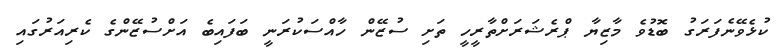
ކުޅެވޭނެފަރަގު ބޮޑުވެ މާޒިޔާ ޕްރެޝަރަށްތާރީހީ ތަށި ސުޒޭން ހާއްސަކުރަނީ ބަފައިބެ އަށްސުޒޭންގެ ކެރިއަރުގައި